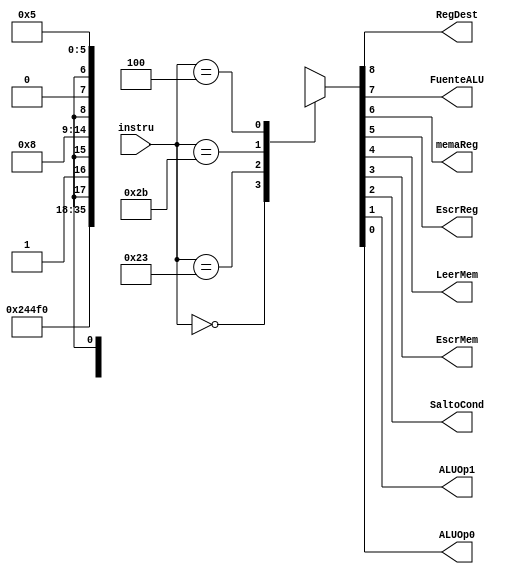
`timescale 1ns / 1ps
//////////////////////////////////////////////////////////////////////////////////
// Company: 
// Engineer: 
// 
// Design Name: 
// Module Name: control
// Project Name: 
// Target Devices: 
// Tool Versions: 
// Description: 
// 
// Dependencies: 
// 
// Revision:
// Revision 0.01 - File Created
// Additional Comments:
// 
//////////////////////////////////////////////////////////////////////////////////


module control(input [5:0]instru,output RegDest,FuenteALU,memaReg,EscrReg,LeerMem,EscrMem,SaltoCond,ALUOp1,ALUOp0);
    reg[8:0]out;
    
    assign RegDest = out[8];
    assign FuenteALU = out[7];
    assign memaReg = out[6];
    assign EscrReg = out[5];
    assign LeerMem = out[4];
    assign EscrMem = out[3];
    assign SaltoCond = out[2];
    assign ALUOp1 = out[1];
    assign ALUOp0 = out[0];

    always @(*)
    begin
    
        case (instru)
        
            6'b000000:out=9'b100100010;
            6'b100011:out=9'b011110000;
            6'b101011:out=9'bx1x001000;
            6'b000100:out=9'bx0x000101;
            default:  out=9'bxxxxxxxxx;
        endcase
        
    end
endmodule